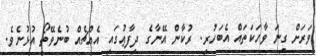
ވަރަށް ގިނަ ވާހަކަތައް އެބަހުރި. ރުކާން އޭނާގެ ދިފާޢުގައި އެއްޗެއް ބުނެވޭތޯ އުޅުނެވެ.